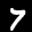
Label: 7